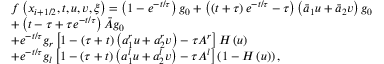
\begin{array} { r l } & { f \left( { { x } _ { i + 1 / 2 } } , t , u , v , \xi \right) = \left( 1 - { { e } ^ { - t / \tau } } \right) { { g } _ { 0 } } + \left( \left( t + \tau \right) { { e } ^ { - t / \tau } } - \tau \right) \left( { { { \bar { a } } } _ { 1 } } u + { { { \bar { a } } } _ { 2 } } v \right) { { g } _ { 0 } } } \\ & { + \left( t - \tau + \tau { { e } ^ { - t / \tau } } \right) \bar { A } { { g } _ { 0 } } } \\ & { + { { e } ^ { - t / \tau } } { { g } _ { r } } \left[ 1 - \left( \tau + t \right) \left( a _ { 1 } ^ { r } u + a _ { 2 } ^ { r } v \right) - \tau { { A } ^ { r } } \right] H \left( u \right) } \\ & { + { { e } ^ { - t / \tau } } { { g } _ { l } } \left[ 1 - \left( \tau + t \right) \left( a _ { 1 } ^ { l } u + a _ { 2 } ^ { l } v \right) - \tau { { A } ^ { l } } \right] \left( 1 - H \left( u \right) \right) , } \end{array}